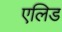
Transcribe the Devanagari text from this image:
एलिड